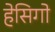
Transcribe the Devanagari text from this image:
हेसिगो